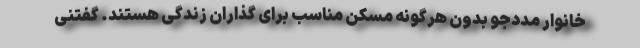
خانوار مددجو بدون هرگونه مسکن مناسب برای گذاران زندگی هستند. گفتنی